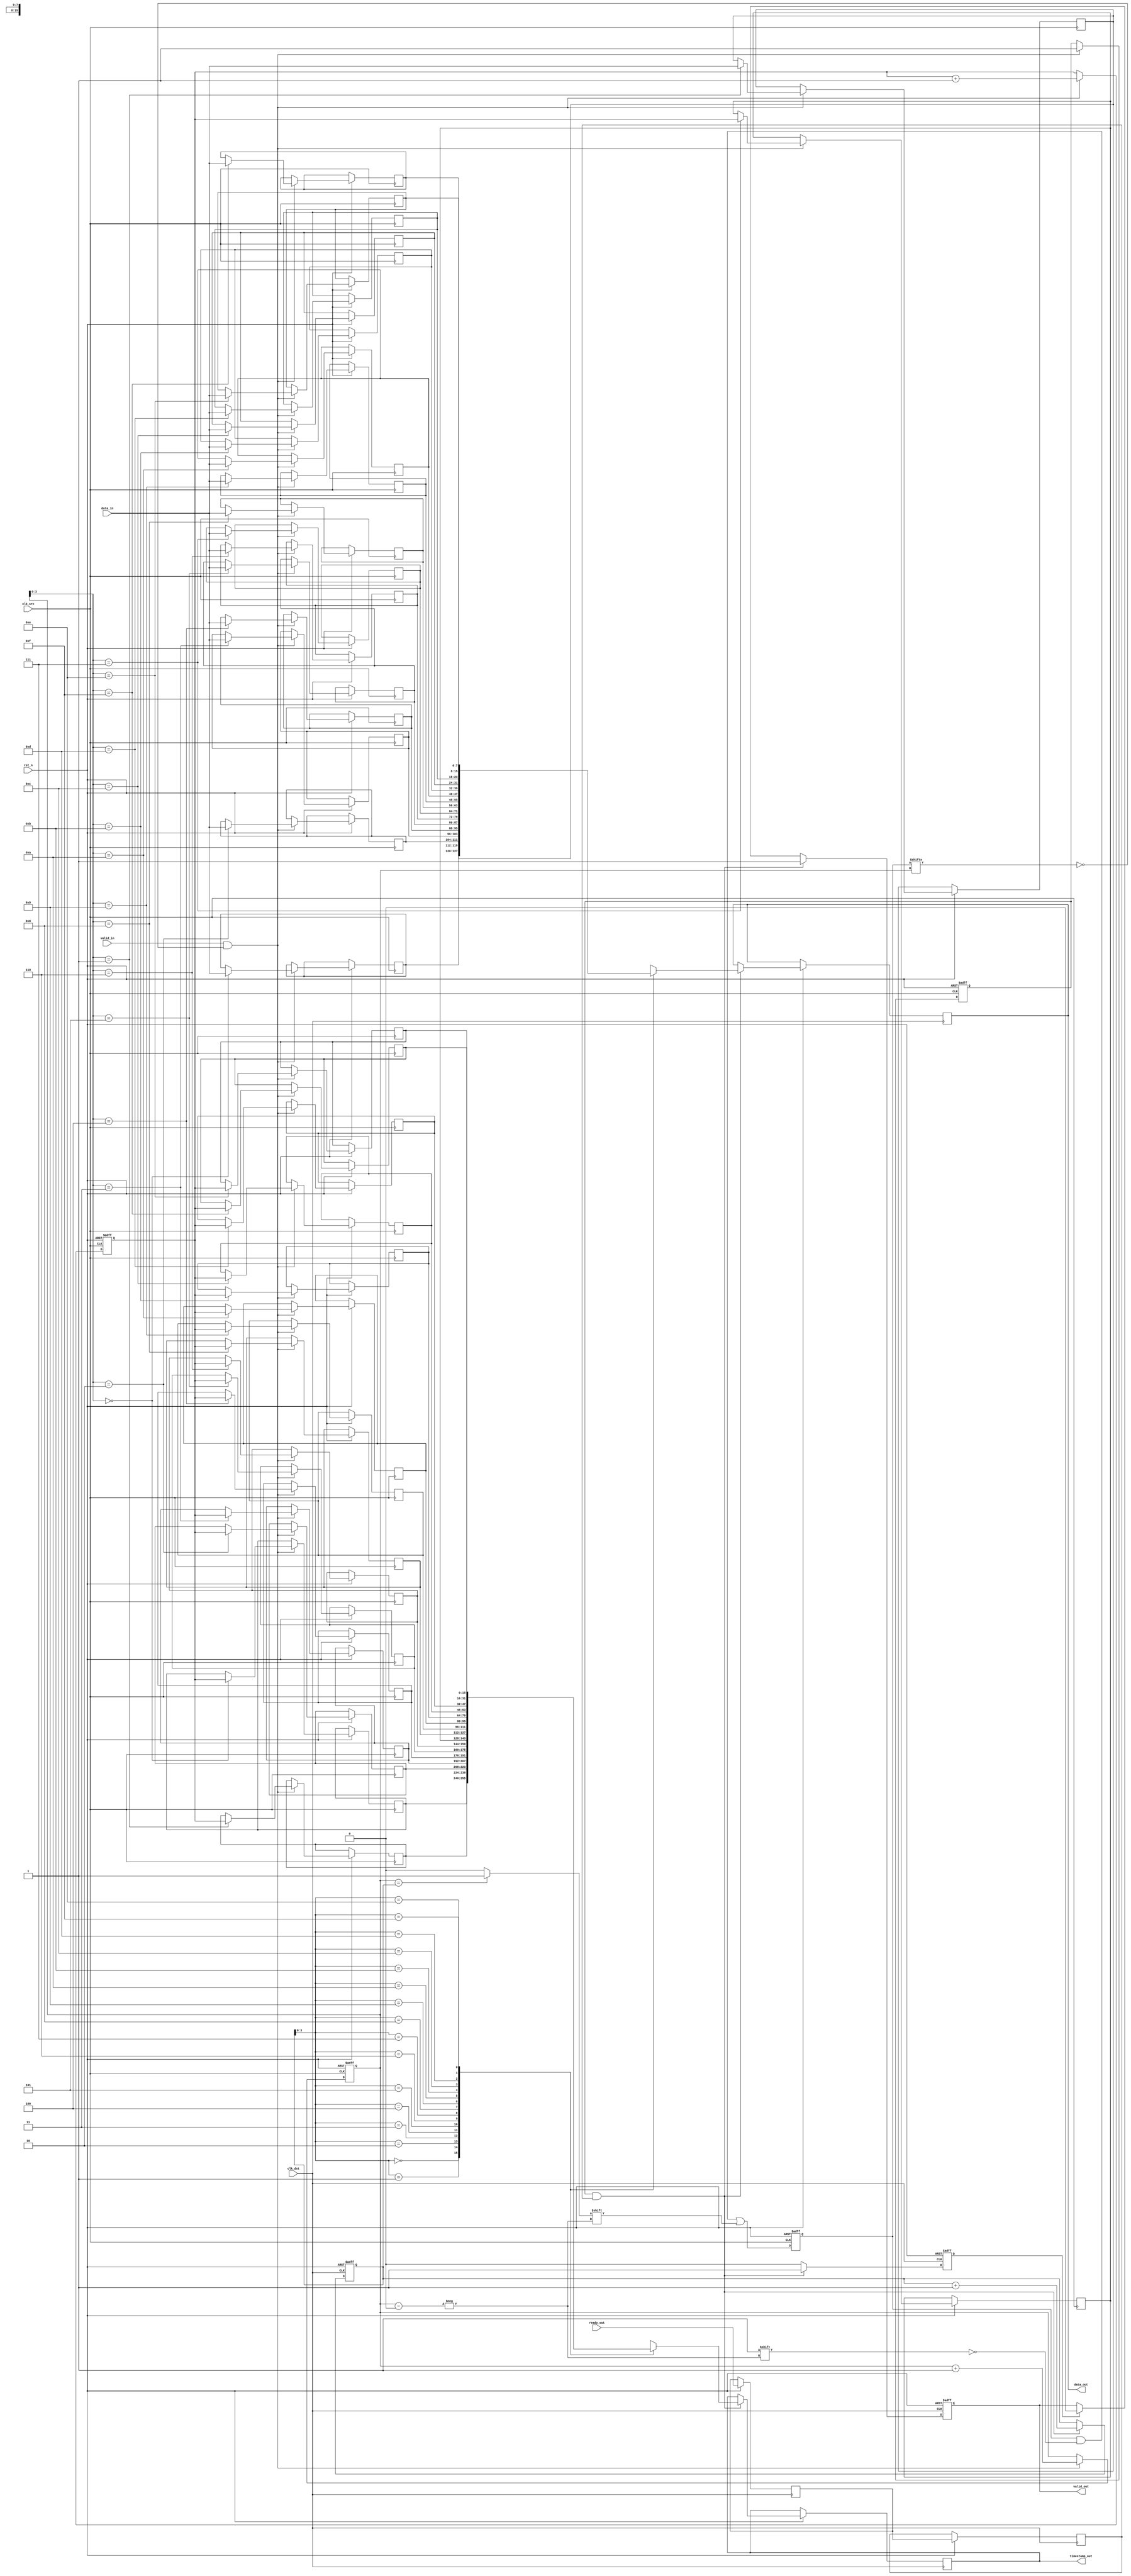
module time_stamped_synchronizer #(
    parameter DATA_WIDTH = 8,
    parameter TIMESTAMP_WIDTH = 16,
    parameter FIFO_DEPTH = 16
)(
    input wire clk_src,
    input wire clk_dst,
    input wire rst_n,
    input wire [DATA_WIDTH-1:0] data_in,
    input wire valid_in,
    output wire [DATA_WIDTH-1:0] data_out,
    output wire [TIMESTAMP_WIDTH-1:0] timestamp_out,
    output wire valid_out,
    input wire ready_out
);

// FIFO buffer for data and timestamps
reg [DATA_WIDTH-1:0] fifo_data[FIFO_DEPTH-1:0];
reg [TIMESTAMP_WIDTH-1:0] fifo_timestamp[FIFO_DEPTH-1:0];
reg [$clog2(FIFO_DEPTH):0] write_ptr, read_ptr;
reg [FIFO_DEPTH-1:0] fifo_full, fifo_empty;

wire fifo_write_enable;
wire fifo_read_enable;

// Timestamp counter
reg [TIMESTAMP_WIDTH-1:0] timestamp_counter;

// Handshaking signals
reg valid_fifo;
reg ack_fifo;

// Synchronization signals
reg ready_sync;
reg ready_sync_d1;

// FIFO write logic in source clock domain
always @(posedge clk_src or negedge rst_n) begin
    if (!rst_n) begin
        write_ptr <= 0;
        timestamp_counter <= 0;
        valid_fifo <= 0;
    end else begin
        if (valid_in && !fifo_full[write_ptr]) begin
            fifo_data[write_ptr] <= data_in;
            fifo_timestamp[write_ptr] <= timestamp_counter;
            write_ptr <= write_ptr + 1;
            valid_fifo <= 1;
            timestamp_counter <= timestamp_counter + 1;
        end
    end
end

// FIFO read logic in destination clock domain
always @(posedge clk_dst or negedge rst_n) begin
    if (!rst_n) begin
        read_ptr <= 0;
        valid_out <= 0;
        ack_fifo <= 0;
    end else begin
        // Synchronize the ready signal
        ready_sync_d1 <= ready_out;
        ready_sync <= ready_sync_d1;

        if (valid_fifo && ready_sync) begin
            data_out <= fifo_data[read_ptr];
            timestamp_out <= fifo_timestamp[read_ptr];
            read_ptr <= read_ptr + 1;
            valid_out <= 1;
            ack_fifo <= 1;
        end else if (ack_fifo) begin
            valid_out <= 0;
            ack_fifo <= 0;
        end
    end
end

// FIFO full and empty status
always @(posedge clk_src or negedge rst_n) begin
    if (!rst_n) begin
        fifo_full <= 0;
        fifo_empty <= 1;
    end else begin
        fifo_full[write_ptr] <= (write_ptr == read_ptr) ? 1 : 0;
        fifo_empty[read_ptr] <= (write_ptr == read_ptr) ? 1 : 0;
    end
end

endmodule